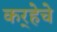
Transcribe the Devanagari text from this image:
कर्‍हेचे